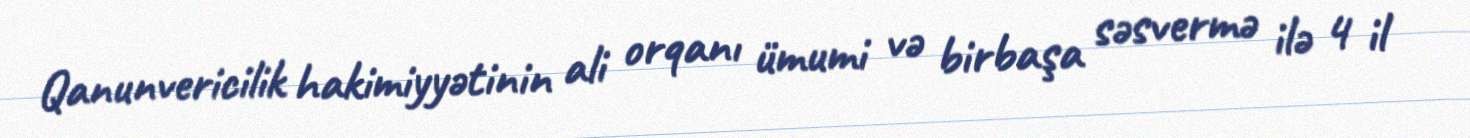
Qanunvericilik hakimiyyətinin ali orqanı ümumi və birbaşa səsvermə ilə 4 il